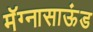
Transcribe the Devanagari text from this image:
मॅग्नासाऊंड